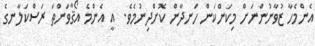
އެންމެހާ ޒުވާނުންނަށް މިކަންކަން ހަނދާން ކޮށްދިނުމެވެ.  އީ އެންމެ އޯޤާވަންތަ ރަސްކަލާނގެ